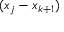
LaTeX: ( x _ { j } - x _ { k + 1 } )